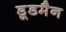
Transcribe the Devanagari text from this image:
डूडमैन